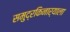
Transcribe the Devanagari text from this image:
समुद्रकिनार्‍याला